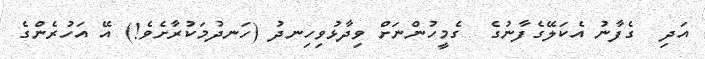
އަދި  ގެފާނު އެކަލޭގެފާނުގެ  ގެމީހުންނަށް ވިދާޅުވިހިނދު (ހަނދުމަކުރާށެވެ!) އޭ އަހުރެންގެ